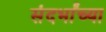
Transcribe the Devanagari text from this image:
संदर्भांच्या